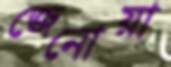
জেনোয়া